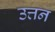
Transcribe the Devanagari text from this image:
उत्तन